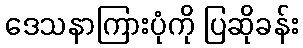
ဒေသနာကြားပုံကို ပြဆိုခန်း